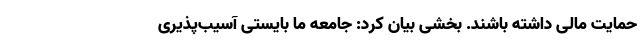
حمایت مالی داشته باشند. بخشی بیان کرد: جامعه ما بایستی آسیب‌پذیری